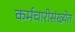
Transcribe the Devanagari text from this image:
कर्मचारीसंख्येत